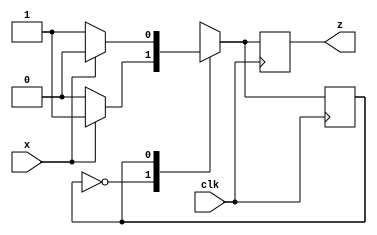
`timescale 1ns / 1ps
//////////////////////////////////////////////////////////////////////////////////
// Company: Self
// 
// Design Name: 
// Module Name: parity_gen_fsm
// Project Name: 
// Target Devices: 
// Tool Versions: 
// Description: 
// 
// Dependencies: 
// 
// Revision:
// Revision 0.01 - File Created
// Additional Comments:
// 
//////////////////////////////////////////////////////////////////////////////////


module parity_gen_fsm(clk, x, z);
input clk, x;
output reg z;
reg even_odd;
parameter EVEN = 0, ODD = 1;

always @(posedge clk)
case (even_odd)
EVEN: begin
       z <= x ? 1:0;
       even_odd <= x ? ODD:EVEN;
      end
ODD: begin
      z <= x ? 0:1;
      even_odd <= x ? EVEN:ODD;
     end
default: even_odd <= EVEN;
endcase
endmodule